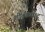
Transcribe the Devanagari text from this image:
शीतकपाट